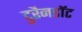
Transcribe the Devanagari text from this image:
टुरैनडॉट